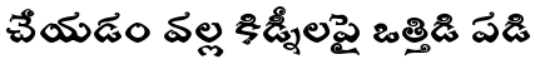
చేయడం వల్ల కిడ్నీలపై ఒత్తిడి పడి